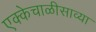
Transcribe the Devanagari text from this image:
एक्केचाळीसाव्या